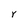
Character: Y